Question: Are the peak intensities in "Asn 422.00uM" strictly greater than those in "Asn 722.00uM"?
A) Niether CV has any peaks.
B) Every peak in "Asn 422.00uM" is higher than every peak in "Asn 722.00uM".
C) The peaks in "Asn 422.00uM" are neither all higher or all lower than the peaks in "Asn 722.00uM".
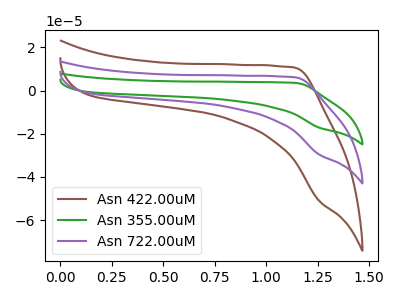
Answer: <think>The brown curve "Asn 422.00uM" has no peaks. The green curve "Asn 355.00uM" has no peaks. The purple curve "Asn 722.00uM" has no peaks.</think>
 <answer>A) Niether CV has any peaks.</answer>
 <eval>A</eval>